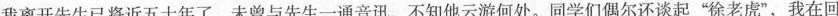
我离开先生已将近五十年了，未曾与先生一通音讯，不知他云游何处。同学们偶尔还谈起”徐老虎”，我在回